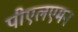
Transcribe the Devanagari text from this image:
पीएलएमन